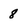
Character: 8